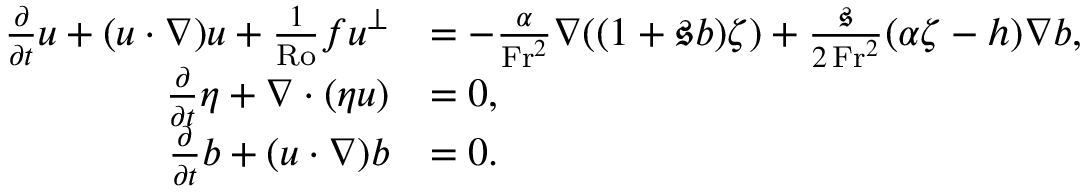
\begin{array} { r l } { \frac { \partial } { \partial t } \boldsymbol { u } + ( \boldsymbol { u } \cdot \nabla ) \boldsymbol { u } + \frac { 1 } { \mathrm { R o } } f \boldsymbol { u } ^ { \perp } } & { = - \frac { \alpha } { \mathrm { F r } ^ { 2 } } \nabla ( ( 1 + \mathfrak { s } b ) \zeta ) + \frac { \mathfrak { s } } { 2 \, \mathrm { F r } ^ { 2 } } ( \alpha \zeta - h ) \nabla b , } \\ { \frac { \partial } { \partial t } \eta + \nabla \cdot ( \eta \boldsymbol { u } ) } & { = 0 , } \\ { \frac { \partial } { \partial t } b + ( \boldsymbol { u } \cdot \nabla ) b } & { = 0 . } \end{array}